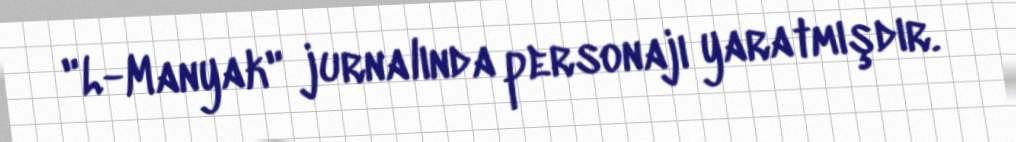
"L-Manyak" jurnalında personajı yaratmışdır.